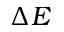
\Delta E